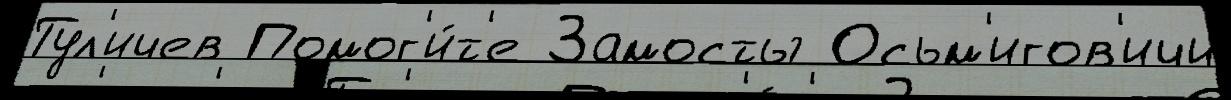
Тул'ичев Помог'и́т'е Замосты Осьм'игов'ичи